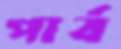
পার্ব